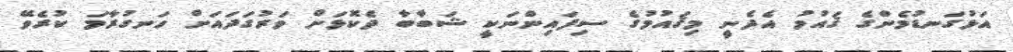
އަޅުގަނޑުމެންގެ ޤައުމު އެދެނީ މިޤައުމުގެ ސިފައިންނަކީ ޝަބާބާ ދެކޮޅަށް ވަރުގަދައަށް ހަނގުރާމަ ކުރެވޭ